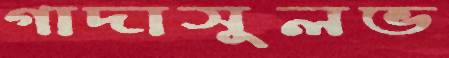
গাদাসুলভ